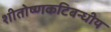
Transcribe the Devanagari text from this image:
शीतोष्णकटिबन्धीय